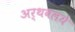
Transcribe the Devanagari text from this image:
अर्थवलये